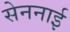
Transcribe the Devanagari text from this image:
सेननाई